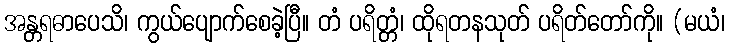
အန္တရဓာပေသိ၊ ကွယ်ပျောက်စေခဲ့ပြီ။ တံ ပရိတ္တံ၊ ထိုရတနသုတ် ပရိတ်တော်ကို။ (မယံ၊